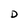
Character: D